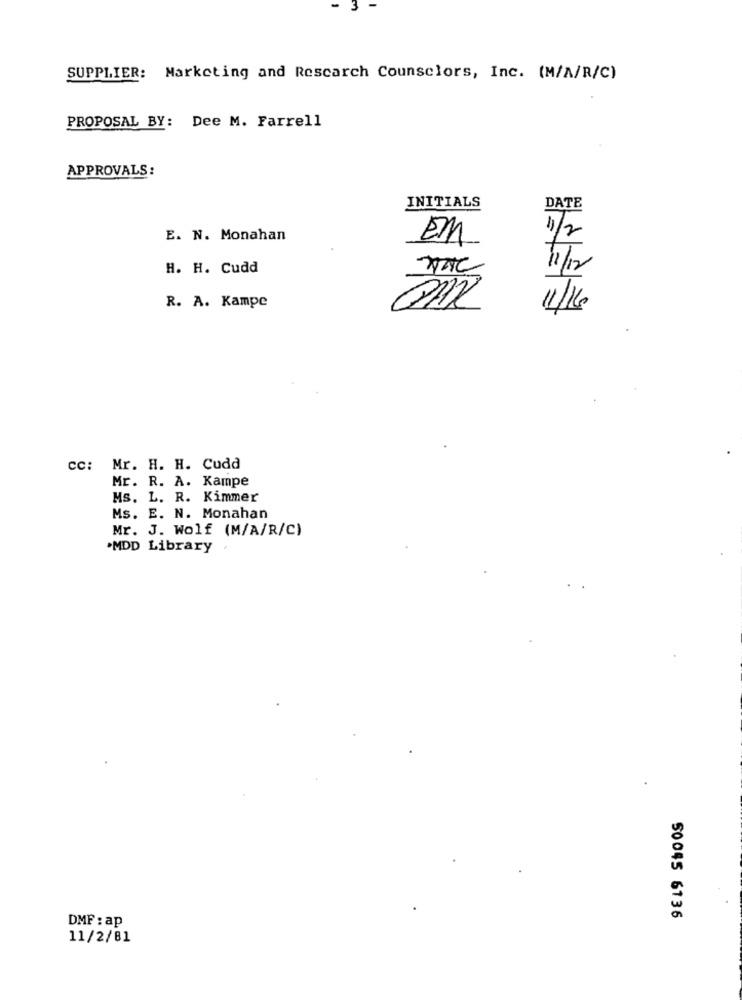
SUPPLIER: Marketing and Research Counselors, Inc. (M/A/R/C)
PROPOSAL BY: Dee M. Farrell
APPROVALS:
INITIALS
DATE
E. N. Monahan
EM
11/2
H. H. Cudd
1/12
R. A. Kampe
cc: Mr. H. H. Cudd
Mr. R. A. Kampe
Ms. L. R. Kimmer
Ms. E. N. Monahan
Mr. J. Wolf (M/A/R/C)
"MDD Library
DMF : ap
50045 6136
11/2/81